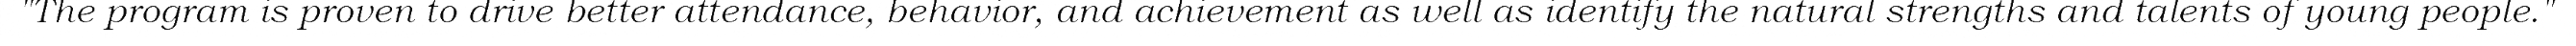
"The program is proven to drive better attendance, behavior, and achievement as well as identify the natural strengths and talents of young people."